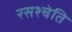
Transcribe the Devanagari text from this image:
रसश्चेति